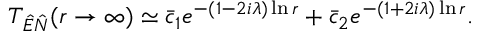
T _ { \hat { E } \hat { N } } ( r \rightarrow \infty ) \simeq \bar { c } _ { 1 } e ^ { - ( 1 - 2 i \lambda ) \ln r } + \bar { c } _ { 2 } e ^ { - ( 1 + 2 i \lambda ) \ln r } .